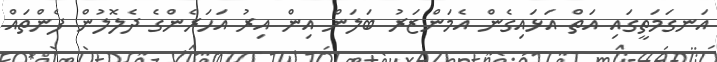
އަނގަމަތީގައި އަތް އަޅައިގެން އެމަންޒަރު ބަލަން އިން އިރު އަހަރެންގެ ދެލޮލުން ފެންތައް